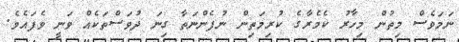
ނަމަވެސް މިތުން މިހާރު ކެމެރާގެ ކުރިމަތިން ނުފެންނަތާ ގިނަ ދުވަސްތަކެއް ވަނީ ވެފައެވެ.